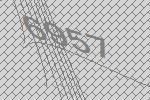
6957